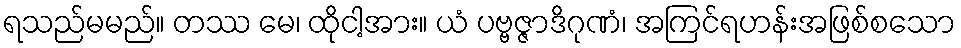
ရသည်မမည်။ တဿ မေ၊ ထိုငါ့အား။ ယံ ပဗ္ဗဇ္ဇာဒိဂုဏံ၊ အကြင်ရဟန်းအဖြစ်စသော